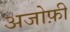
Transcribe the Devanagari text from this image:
अजोफ़ी